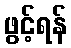
ဖွင့်ရန်